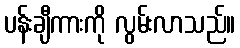
ပန်းချီကားကို လွမ်းလာသည်။